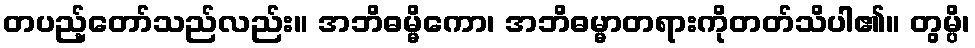
တပည့်တော်သည်လည်း။ အဘိဓမ္မိကော၊ အဘိဓမ္မာတရားကိုတတ်သိပါ၏။ တွမ္ပိ၊